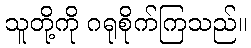
သူတို့ကို ဂရုစိုက်ကြသည်။